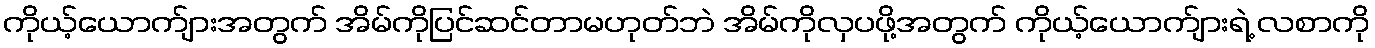
ကိုယ့်ယောက်ျားအတွက် အိမ်ကိုပြင်ဆင်တာမဟုတ်ဘဲ အိမ်ကိုလှပဖို့အတွက် ကိုယ့်ယောက်ျားရဲ့ လစာကို